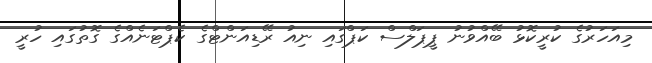
މިއަހަރުގެ ކުރީކޮޅު ބޭއްވުނު ޕީޕަލްސް ކަޕްގައި ނިއު ރޭޑިއަންޓްގެ ކެޕްޓަނެއްގެ ގޮތުގައި ހުރީ